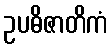
ဥပဓိဇာတိကံ